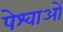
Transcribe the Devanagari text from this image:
पेश्वाओं